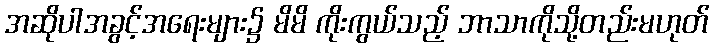
အဆိုပါအခွင့်အရေးများ၌ မိမိ ကိုးကွယ်သည့် ဘာသာကိုသို့တည်းမဟုတ်